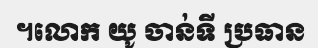
។លោក យូ ចាន់ទី ប្រធាន